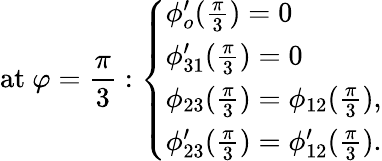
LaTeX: \mathrm{at~}\varphi=\frac{\pi}{3}:\left\{ \begin{array}{ll}{\phi_{o}^{\prime}(\frac{\pi}{3})=0}\\ {\phi_{31}^{\prime}(\frac{\pi}{3})=0}\\ {\phi_{23}(\frac{\pi}{3})=\phi_{12}(\frac{\pi}{3}),}\\ {\phi_{23}^{\prime}(\frac{\pi}{3})=\phi_{12}^{\prime}(\frac{\pi}{3}).}\end{array}\right.